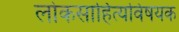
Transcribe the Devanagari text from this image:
लोकसाहित्यविषयक